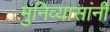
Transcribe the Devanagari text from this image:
मुनिव्यासांनी